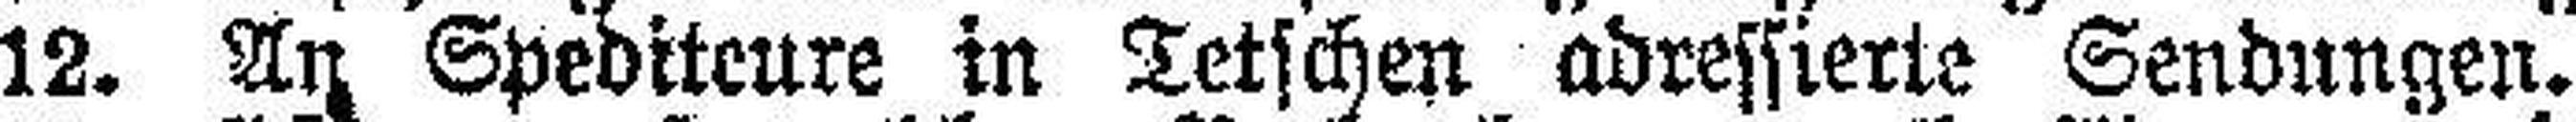
12. An Spediteure in Tetschen adressierte Sendungen.